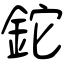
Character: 鉈